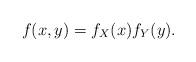
LaTeX: \begin{align*}f(x,y) = f_X(x)f_Y(y).\end{align*}